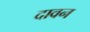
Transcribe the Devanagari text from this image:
दावन